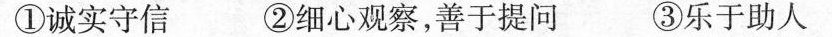
①诚实守信 ②细心观察，善于提问 ③乐于助人